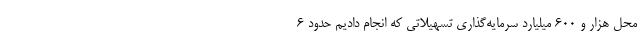
محل هزار و ۶۰۰ میلیارد سرمایه‌گذاری تسهیلاتی که انجام دادیم حدود ۶